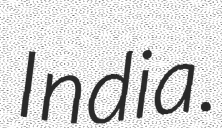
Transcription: India.